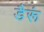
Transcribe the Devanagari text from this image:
डैरूं